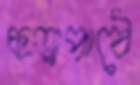
ছড়াপাঠে